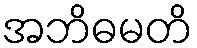
အဘိဓမတိ